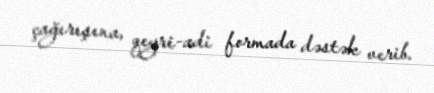
çağırışına, qeyri-adi formada dəstək verib.